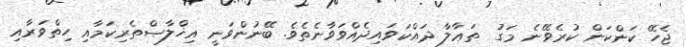
ޖެހޭ ކަންކަން ކުރެވޭނެ މަގު  ތަޢާލާ ދައްކަވައިދެއްވަވާނެތެވެ. ބޭނުންވަނީ އިޚްލާޞްތެރިކަމާއި ހިތްވަރާއި